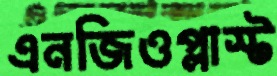
এনজিওপ্লাস্ট